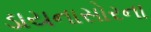
ડાયનાસોરના